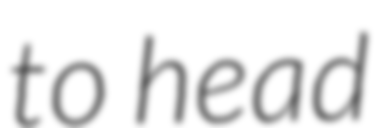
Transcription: to head